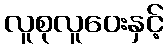
လူစုလူဝေးနှင့်